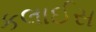
કલાઈસ